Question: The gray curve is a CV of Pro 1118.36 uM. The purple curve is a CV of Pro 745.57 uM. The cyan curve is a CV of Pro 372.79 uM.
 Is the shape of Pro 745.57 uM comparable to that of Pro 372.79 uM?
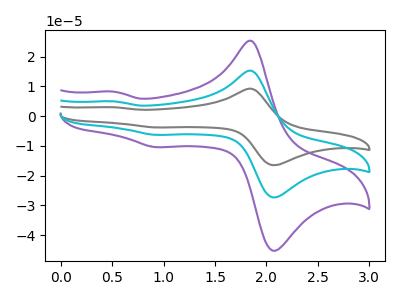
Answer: <think>The gray curve "Pro 1118.36 uM" has anodic peaks at (1.85V, 30.50uA) (0.50V, 9.90uA) and cathodic peaks at (2.10V, -54.05uA) (0.95V, -12.60uA). The purple curve "Pro 745.57 uM" has anodic peaks at (1.85V, 25.25uA) (0.50V, 8.20uA) and cathodic peaks at (2.10V, -44.75uA) (0.95V, -10.40uA). The cyan curve "Pro 372.79 uM" has anodic peaks at (1.85V, 15.25uA) (0.50V, 4.95uA) and cathodic peaks at (2.10V, -27.00uA) (0.95V, -6.30uA).
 All the peaks in "Pro 745.57 uM" have a peak in "Pro 372.79 uM" at the same potential. Every peak in "Pro 745.57 uM" is higher than every peak in "Pro 372.79 uM".</think>
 <answer>"Pro 745.57 uM" and "Pro 372.79 uM" are similar in shape.</answer>
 <eval>same_shape</eval>